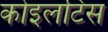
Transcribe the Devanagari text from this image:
कोइलटिस